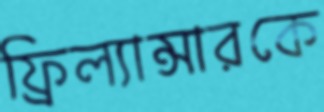
ফ্রিল্যান্সারকে